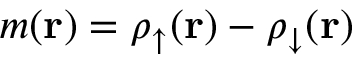
m ( { \bf r } ) = \rho _ { \uparrow } ( { \bf r } ) - \rho _ { \downarrow } ( { \bf r } )